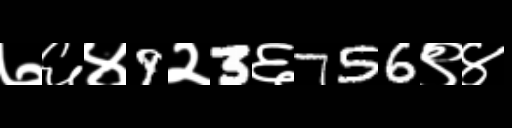
Text: ७६४9२3६756९४